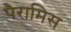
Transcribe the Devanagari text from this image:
पैरामिस